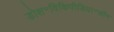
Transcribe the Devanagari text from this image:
डोश॰विकिपीडिया॰कॉम